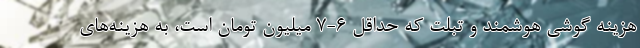
هزینه گوشی هوشمند و تبلت که حداقل ۶-۷ میلیون تومان است، به هزینه‌های